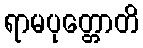
ရာမပုတ္တောတိ